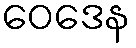
ဝေဒေန